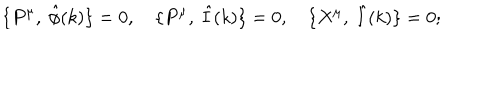
LaTeX: \{ P ^ { \mu } , \ { \hat { \phi } } ( k ) \} = 0 , \quad \{ P ^ { \mu } , \ \hat { I } ( k ) \} = 0 , \quad \{ X ^ { \mu } , \ \hat { I } ( k ) \} = 0 ;